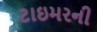
ટાઇમરની